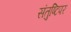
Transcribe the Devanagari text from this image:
संतुष्टिपर